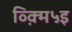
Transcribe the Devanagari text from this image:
व्क़्मि५इ